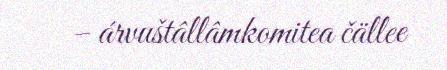
– árvuštâllâmkomitea čällee